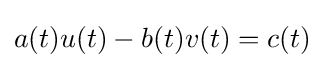
a(t)u(t)-b(t)v(t)=c(t)